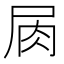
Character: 𡱎